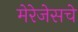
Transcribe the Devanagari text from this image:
मेरेजेसचे